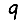
Digit: 9